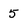
Character: 5